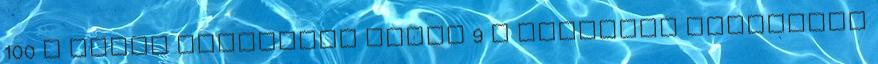
100 L szoto földrajzi nevek‎ 9 L szuahéli földrajzi